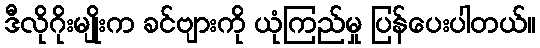
ဒီလိုဂိုးမျိုးက ခင်ဗျားကို ယုံကြည်မှု ပြန်ပေးပါတယ်။